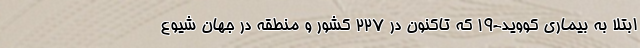
ابتلا به بیماری کووید-۱۹ که تاکنون در ۲۲۷ کشور و منطقه در جهان شیوع